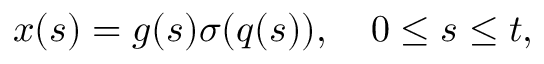
x ( s ) = g ( s ) \sigma ( q ( s ) ) , \quad 0 \le s \le t ,